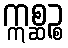
ဣစ္ဆဉ္စ